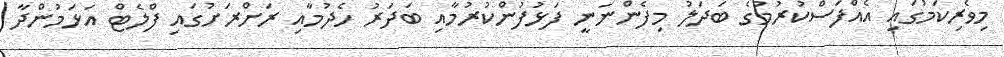
މިވެރިކަމުގައި އެއްފަސްކުރުމުގެ ބަދަލު މިފެންނަނީ ފަޅުފުންކުރުމާއި ބަދަރު ހެދުމާއި ރަށްރަށުގައި ފްލެޓް އަޅަމުންދާ